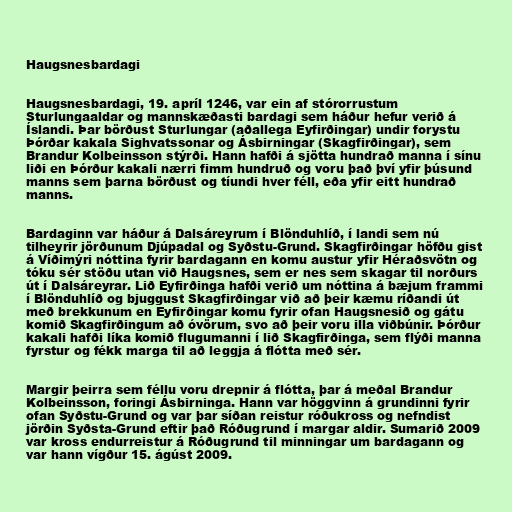
Haugsnesbardagi

Haugsnesbardagi, 19. apríl 1246, var ein af stórorrustum
Sturlungaaldar og mannskæðasti bardagi sem háður hefur verið á
Íslandi. Þar börðust Sturlungar (aðallega Eyfirðingar) undir forystu
Þórðar kakala Sighvatssonar og Ásbirningar (Skagfirðingar), sem
Brandur Kolbeinsson stýrði. Hann hafði á sjötta hundrað manna í sínu
liði en Þórður kakali nærri fimm hundruð og voru það því yfir þúsund
manns sem þarna börðust og tíundi hver féll, eða yfir eitt hundrað
manns.

Bardaginn var háður á Dalsáreyrum í Blönduhlíð, í landi sem nú
tilheyrir jörðunum Djúpadal og Syðstu-Grund. Skagfirðingar höfðu gist
á Víðimýri nóttina fyrir bardagann en komu austur yfir Héraðsvötn og
tóku sér stöðu utan við Haugsnes, sem er nes sem skagar til norðurs
út í Dalsáreyrar. Lið Eyfirðinga hafði verið um nóttina á bæjum frammi
í Blönduhlíð og bjuggust Skagfirðingar við að þeir kæmu ríðandi út
með brekkunum en Eyfirðingar komu fyrir ofan Haugsnesið og gátu
komið Skagfirðingum að óvörum, svo að þeir voru illa viðbúnir. Þórður
kakali hafði líka komið flugumanni í lið Skagfirðinga, sem flýði manna
fyrstur og fékk marga til að leggja á flótta með sér.

Margir þeirra sem féllu voru drepnir á flótta, þar á meðal Brandur
Kolbeinsson, foringi Ásbirninga. Hann var höggvinn á grundinni fyrir
ofan Syðstu-Grund og var þar síðan reistur róðukross og nefndist
jörðin Syðsta-Grund eftir það Róðugrund í margar aldir. Sumarið 2009
var kross endurreistur á Róðugrund til minningar um bardagann og
var hann vígður 15. ágúst 2009.